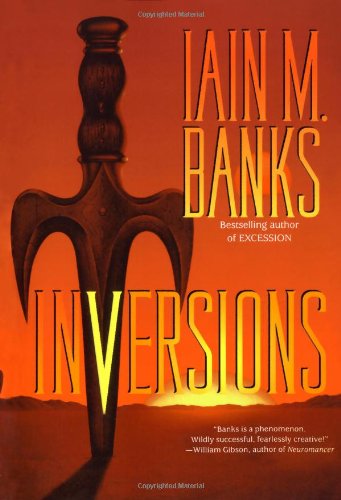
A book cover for Inversions (Culture); Iain M. Banks; Science Fiction & Fantasy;